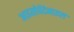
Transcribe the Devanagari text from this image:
आइसोपेंटेनाइल